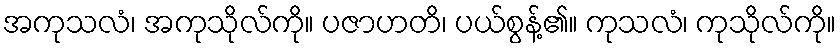
အကုသလံ၊ အကုသိုလ်ကို။ ပဇာဟတိ၊ ပယ်စွန့်၏။ ကုသလံ၊ ကုသိုလ်ကို။